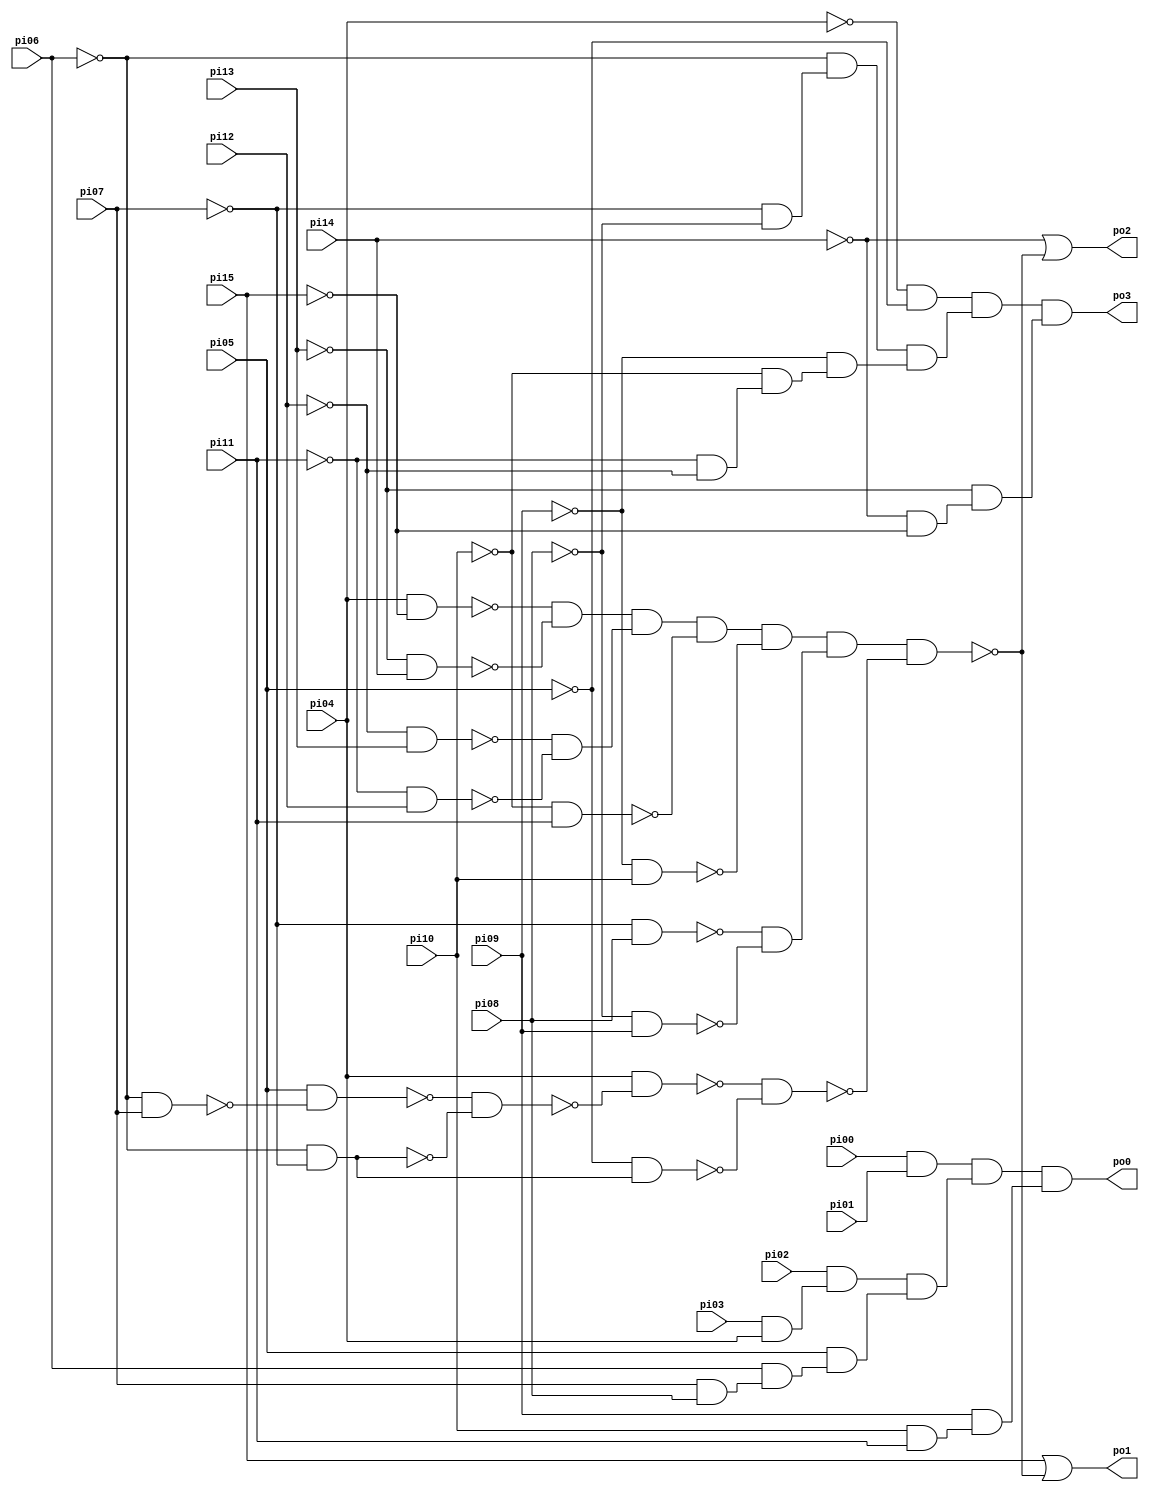
// Benchmark "cmb" written by ABC on Sun Apr 22 21:43:01 2018

module cmb ( 
    pi00, pi01, pi02, pi03, pi04, pi05, pi06, pi07, pi08, pi09, pi10, pi11,
    pi12, pi13, pi14, pi15,
    po0, po1, po2, po3  );
  input  pi00, pi01, pi02, pi03, pi04, pi05, pi06, pi07, pi08, pi09,
    pi10, pi11, pi12, pi13, pi14, pi15;
  output po0, po1, po2, po3;
  wire n21, n22, n23, n24, n25, n26, n27, n28, n29, n30, n32, n33, n34, n35,
    n36, n37, n38, n39, n40, n41, n42, n43, n44, n45, n46, n47, n48, n49,
    n50, n51, n52, n53, n54, n57, n58, n59, n60, n61, n62, n63, n64, n65,
    n66;
  assign n21 = pi03 & pi04;
  assign n22 = pi02 & n21;
  assign n23 = pi07 & pi08;
  assign n24 = pi06 & n23;
  assign n25 = pi05 & n24;
  assign n26 = pi00 & pi01;
  assign n27 = n22 & n25;
  assign n28 = n26 & n27;
  assign n29 = pi10 & pi11;
  assign n30 = pi09 & n29;
  assign po0 = n28 & n30;
  assign n32 = pi04 & ~pi15;
  assign n33 = ~pi13 & pi14;
  assign n34 = ~n32 & ~n33;
  assign n35 = ~pi12 & pi13;
  assign n36 = ~pi11 & pi12;
  assign n37 = ~n35 & ~n36;
  assign n38 = n34 & n37;
  assign n39 = ~pi10 & pi11;
  assign n40 = n38 & ~n39;
  assign n41 = ~pi09 & pi10;
  assign n42 = n40 & ~n41;
  assign n43 = ~pi07 & pi08;
  assign n44 = ~pi08 & pi09;
  assign n45 = ~n43 & ~n44;
  assign n46 = n42 & n45;
  assign n47 = ~pi06 & pi07;
  assign n48 = pi05 & ~n47;
  assign n49 = ~pi06 & ~pi07;
  assign n50 = ~n48 & ~n49;
  assign n51 = pi04 & ~n50;
  assign n52 = ~pi05 & n49;
  assign n53 = ~n51 & ~n52;
  assign n54 = n46 & ~n53;
  assign po1 = pi15 | ~n54;
  assign po2 = ~pi14 | ~n54;
  assign n57 = ~pi07 & ~pi08;
  assign n58 = ~pi06 & n57;
  assign n59 = ~pi11 & ~pi12;
  assign n60 = ~pi10 & n59;
  assign n61 = ~pi09 & n60;
  assign n62 = ~pi04 & ~pi05;
  assign n63 = n58 & n61;
  assign n64 = n62 & n63;
  assign n65 = ~pi14 & ~pi15;
  assign n66 = ~pi13 & n65;
  assign po3 = n64 & n66;
endmodule